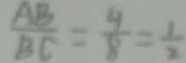
\frac { A B } { B E } = \frac { 4 } { 8 } = \frac { 1 } { 2 }